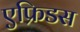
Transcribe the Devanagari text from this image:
एफ्रिडस